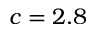
c = 2 . 8